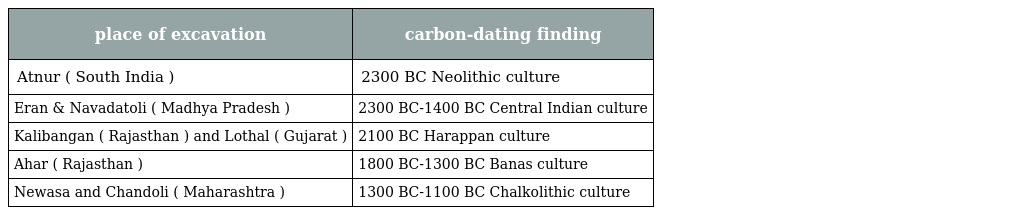
| place of excavation | carbon-dating finding |
 | --- | --- |
 | Atnur ( South India ) | 2300 BC Neolithic culture |
 | Eran & Navadatoli ( Madhya Pradesh ) | 2300 BC-1400 BC Central Indian culture |
 | Kalibangan ( Rajasthan ) and Lothal ( Gujarat ) | 2100 BC Harappan culture |
 | Ahar ( Rajasthan ) | 1800 BC-1300 BC Banas culture |
 | Newasa and Chandoli ( Maharashtra ) | 1300 BC-1100 BC Chalkolithic culture |